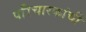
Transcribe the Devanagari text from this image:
परिचारकांची